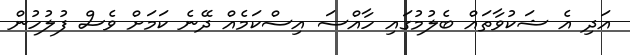
އަދި އެ ޝަކުވާތައް ބެލުމުގައި ހާއްސަ އިސްކަމެއް ދޭނެ ކަމަށް ވެސް ފުލުހުން